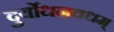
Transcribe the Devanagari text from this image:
दुर्योधनवधम्